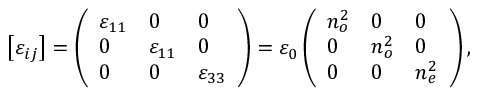
\left[ \varepsilon _ { i j } \right] = \left( \begin{array} { l l l } { \varepsilon _ { 1 1 } } & { 0 } & { 0 } \\ { 0 } & { \varepsilon _ { 1 1 } } & { 0 } \\ { 0 } & { 0 } & { \varepsilon _ { 3 3 } } \end{array} \right) = \varepsilon _ { 0 } \left( \begin{array} { l l l } { n _ { o } ^ { 2 } } & { 0 } & { 0 } \\ { 0 } & { n _ { o } ^ { 2 } } & { 0 } \\ { 0 } & { 0 } & { n _ { e } ^ { 2 } } \end{array} \right) ,